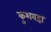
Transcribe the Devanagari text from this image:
कुशवहा